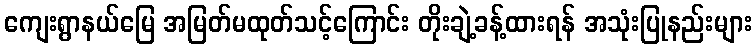
ကျေးရွာနယ်မြေ အမြတ်မထုတ်သင့်ကြောင်း တိုးချဲ့ခန့်ထားရန် အသုံးပြုနည်းများ